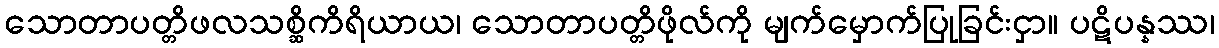
သောတာပတ္တိဖလသစ္ဆိကိရိယာယ၊ သောတာပတ္တိဖိုလ်ကို မျက်မှောက်ပြုခြင်းငှာ။ ပဋိပန္နဿ၊